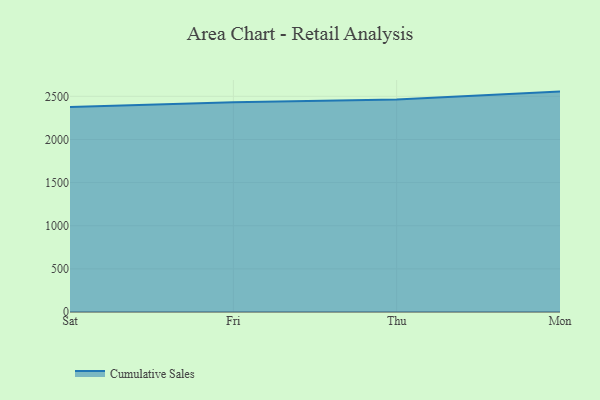
{"axis": {"x": "Day", "y": "Tickets Resolved"}, "legend": ["Cumulative Sales"], "data": [{"x": "Sat", "y": 2377.4, "type": "Cumulative Sales"}, {"x": "Fri", "y": 2432.5, "type": "Cumulative Sales"}, {"x": "Thu", "y": 2463.6, "type": "Cumulative Sales"}, {"x": "Mon", "y": 2554.7, "type": "Cumulative Sales"}]}